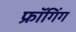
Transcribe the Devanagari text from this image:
फ्रॉगिंग